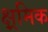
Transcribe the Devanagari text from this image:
क्ष्रमिक